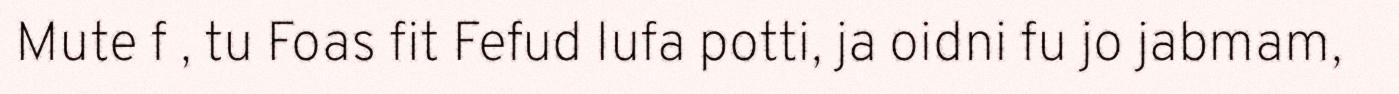
Mute f , tu Foas fit Fefud Iufa potti, ja oidni fu jo jabmam,